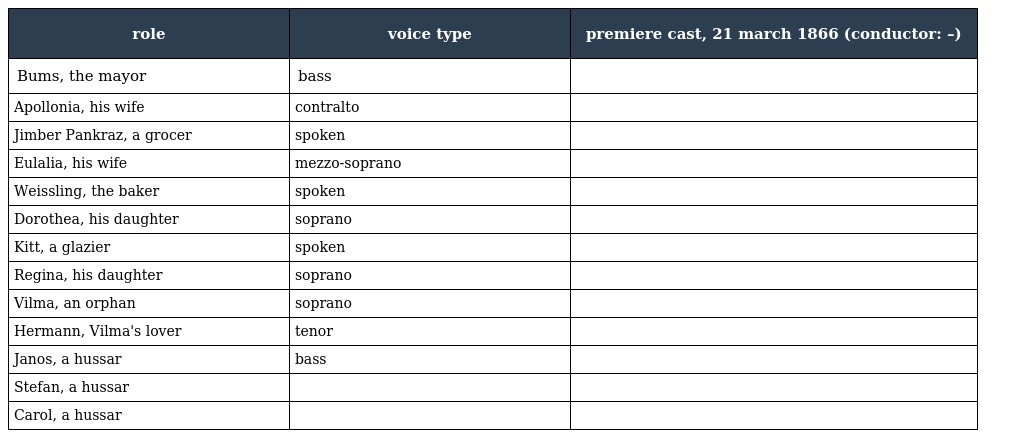
| role | voice type | premiere cast, 21 march 1866 (conductor: –) |
 | --- | --- | --- |
 | Bums, the mayor | bass |  |
 | Apollonia, his wife | contralto |  |
 | Jimber Pankraz, a grocer | spoken |  |
 | Eulalia, his wife | mezzo-soprano |  |
 | Weissling, the baker | spoken |  |
 | Dorothea, his daughter | soprano |  |
 | Kitt, a glazier | spoken |  |
 | Regina, his daughter | soprano |  |
 | Vilma, an orphan | soprano |  |
 | Hermann, Vilma's lover | tenor |  |
 | Janos, a hussar | bass |  |
 | Stefan, a hussar |  |  |
 | Carol, a hussar |  |  |